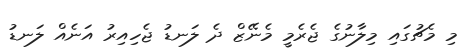
މި މެޗުގައި މިލާނުގެ ޖެރެމީ މެނޭޒް ދެ ލަނޑު ޖެހިއިރު އަނެއް ލަނޑު